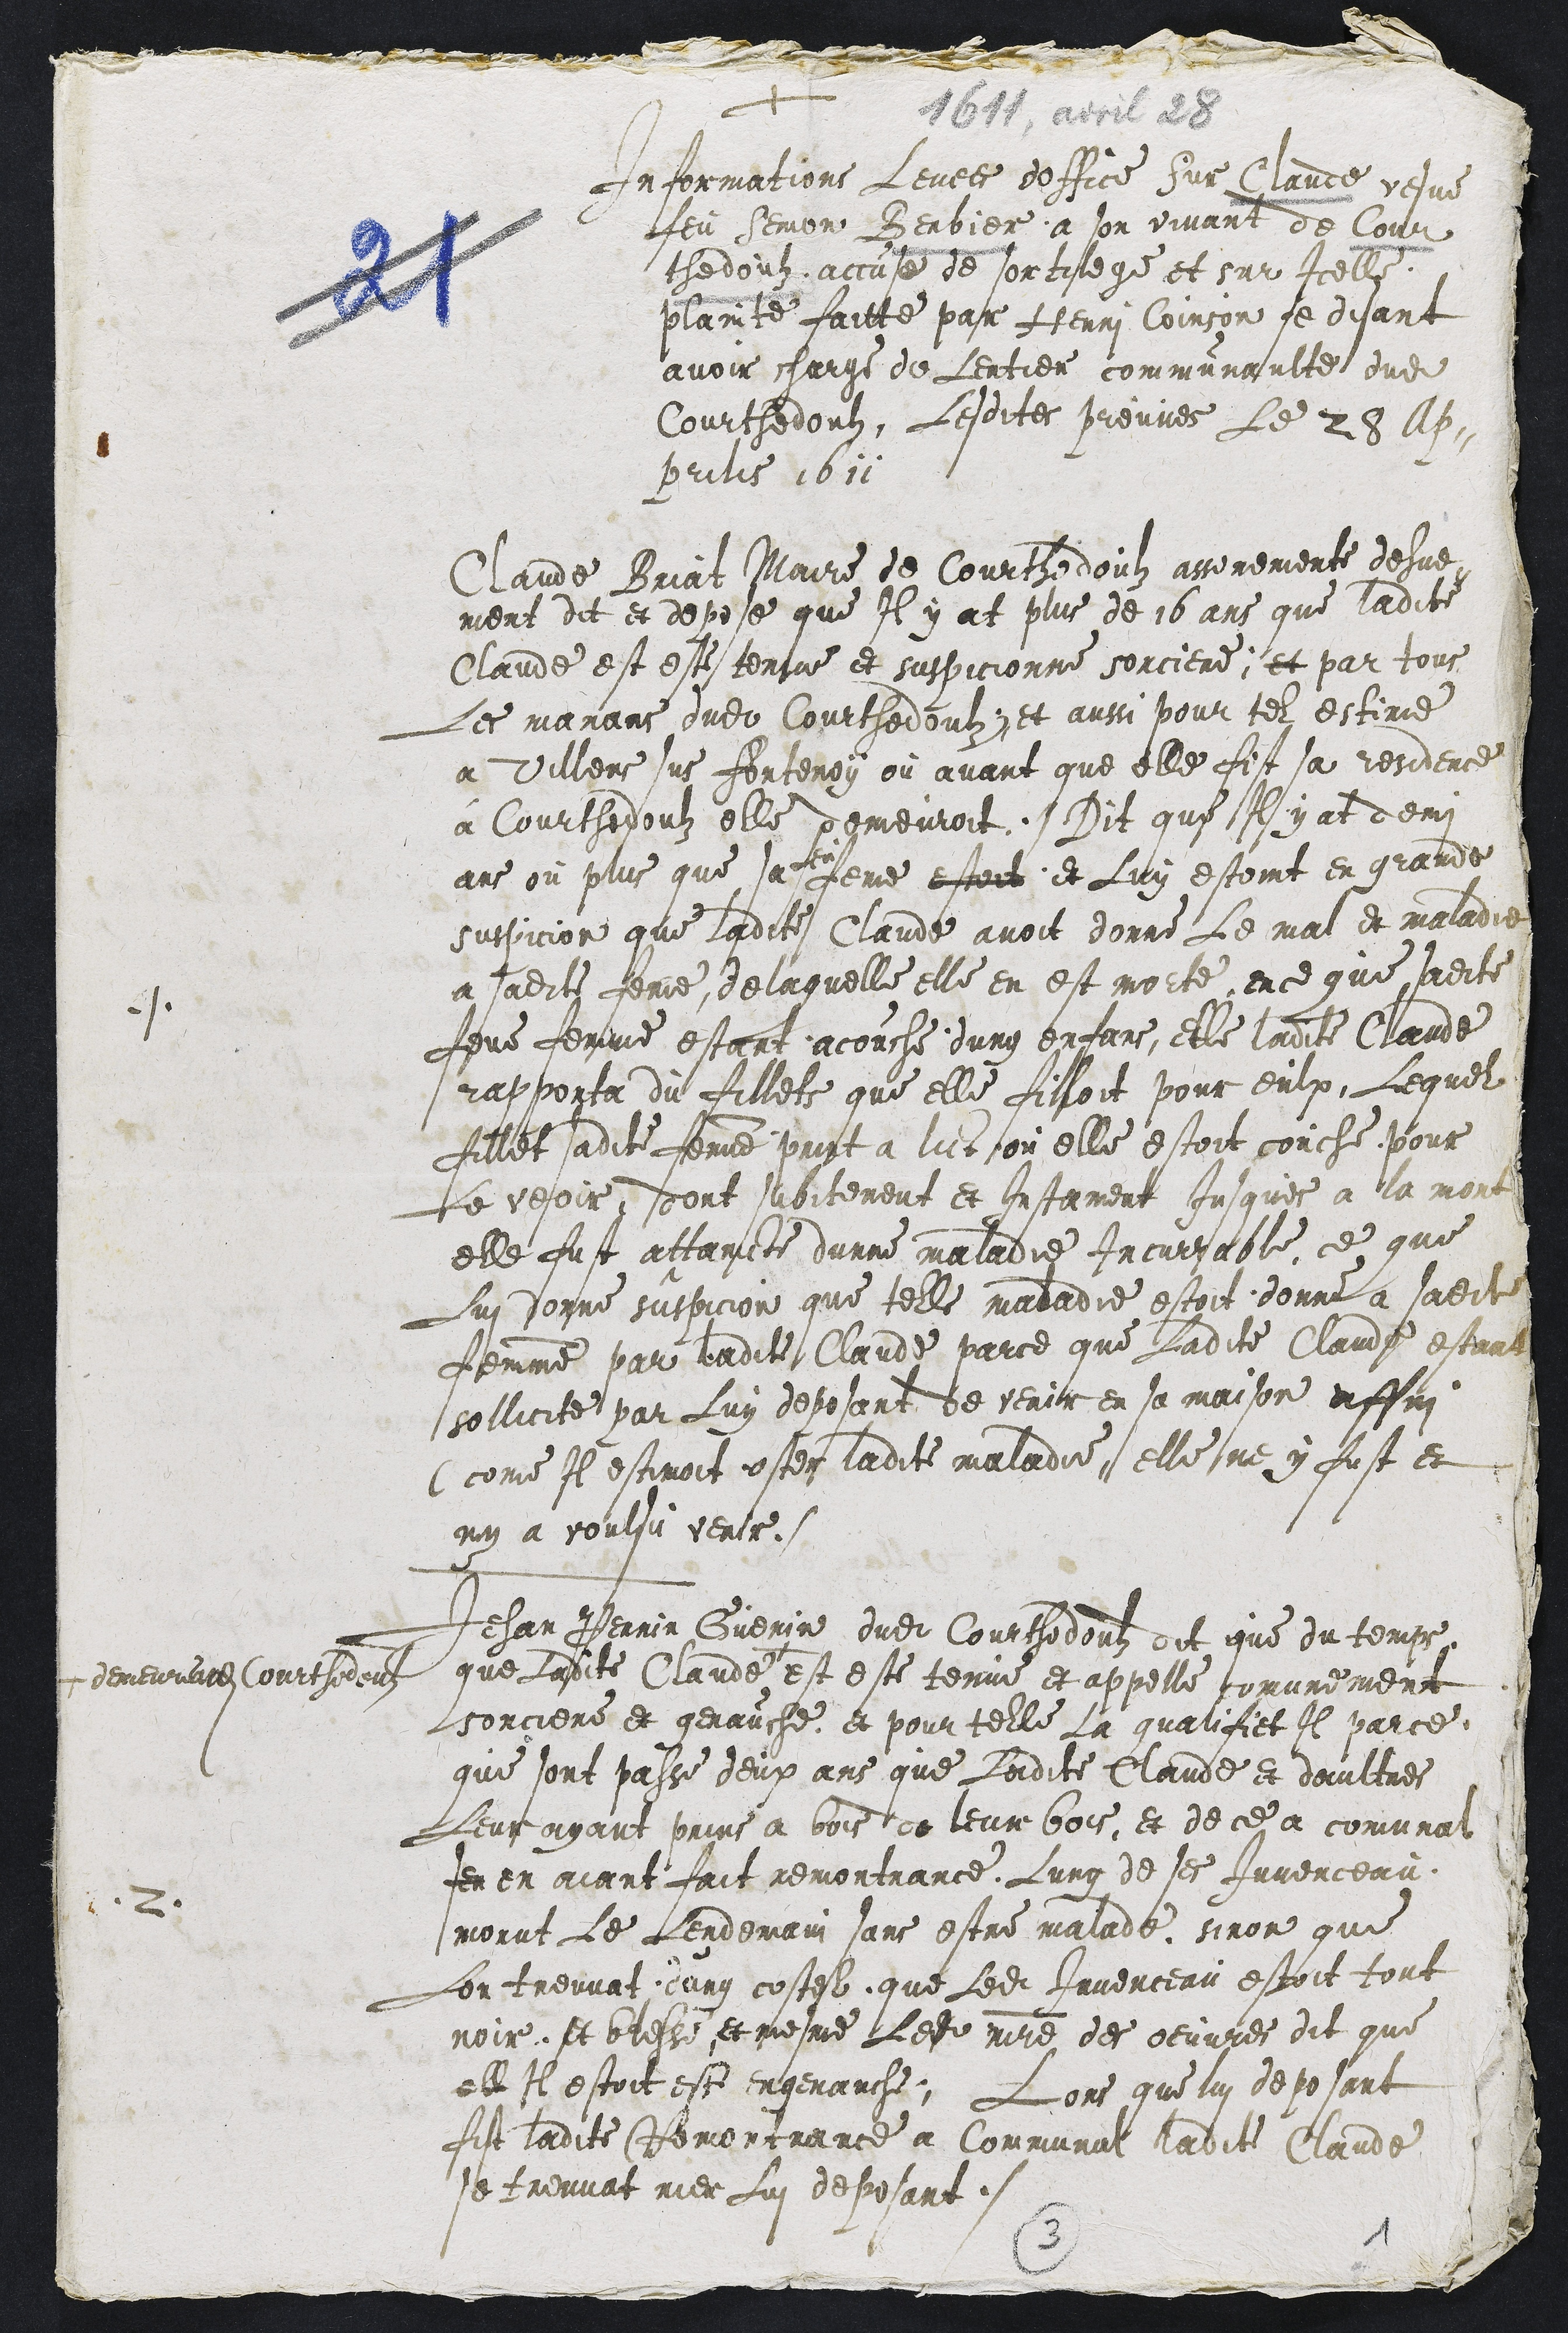
J 1610, avil 15
Informations levees doffice sur Claude vesve
feu Semon Berbier a son vivant de Cour
chedouf accuse de sortilege et sur Icelle
plainte faitte par Henri Coirson se disant
avoir charge de lentier communautte dudit
Courthedoubz, Lesdites prevves Le 28 lb
prilis 1611

Claude Briat Maire de Courthedoulz aseremente desue
ment dit et depose que Il y at plus de 16 ans que ladite
Claude est este tenue et suspicionne sorciere, et par tous
Les manans dudit Courthedoulz et ausi pour tel estime
a Villens sus fontenoy ou avant que elle fist sa residence
a Courthedoubz elle dgmeuroit. Dit que Il y at demi
ans ou plus que sa feme estoit et Luy estoint en grande
suspicion que ladite Claude avoit donne Le mal et maladie
a sadite femme, de laquelle elle en est morte, ence que sadite
fene femme estant acouche dung enfans, elle ladite Claude
rapporta du fillets que elle filloit pour eulx, Lequel
fillet sadite femme puist a lict son elle estoit couche pour
Le vesoir, dont subitement et Instament Jusques a la more
elle fust attancte dunne maladie Incursable, ce que
Lui donne suspicion que telle maladie estoit donné a sadite
femme par ladite Claude parce que Ladite Claude estant
sollicite par Luy deposant de verir en sa maison affin
ccome Il estinoit osez ladite maladie, elle sue y fust et
non a voulsu venir.
Jehan Perrin Guerin dudit Courthedout dit que du temps
que ladite Claude
+ demernnat Courthodeulz
est este tenue et appelle tomvnement
sorciere et genauche et pour telle La qualifiet Il parce
que sont passe deux ans que Ladite Claude et daultres
Leur ayant prins a bois de leur bois et de ce a comunat
fem en aiant fait remontrance, Lung de ses Juvenceau
morut le Lendemain sans estre malade, sinon que
Lon treuvat luny costel que Ledit Juvenceau estoit tout
noir et bresse et mesme Ledit maitre des oeuvres dit que
el Il estoit este engenauche. Lons que lui deposant
fit ladite Remonciance a Communul ladite Claude
se treuvat rier Lui deposant.

3
1